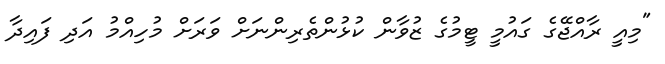
"މިއީ ރާއްޖޭގެ ގައުމީ ޓީމުގެ ޒުވާން ކުޅުންތެރިންނަށް ވަރަށް މުހިއްމު އަދި ފައިދާ